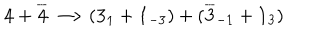
{ \bf 4 } + \overline { { { \bf 4 } } } \longrightarrow ( { \bf 3 } _ { 1 } + { \bf 1 } _ { - 3 } ) + ( \overline { { { \bf 3 } } } _ { - 1 } + { \bf 1 } _ { 3 } )